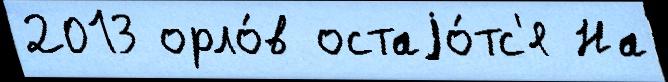
2013 орло́в остаjо́тс'я На